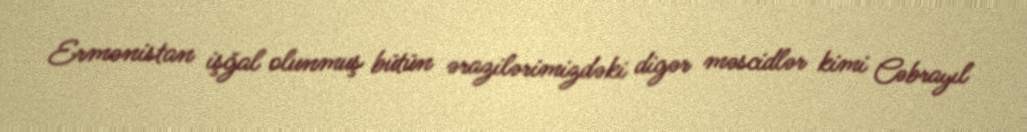
Ermənistan işğal olunmuş bütün ərazilərimizdəki digər məscidlər kimi Cəbrayıl